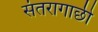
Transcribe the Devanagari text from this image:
संतरागाछी